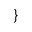
\}